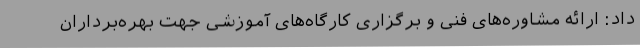
داد: ارائه مشاوره‌های فنی و برگزاری کارگاه‌های آموزشی جهت بهره‌برداران